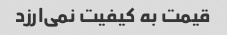
قیمت به کیفیت نمی‌ارزد